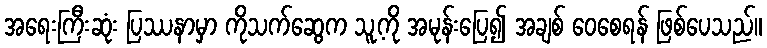
အရေးကြီးဆုံး ပြဿနာမှာ ကိုသက်ဆွေက သူ့ကို အမုန်းပြေ၍ အချစ် ဝေစေရန် ဖြစ်ပေသည်။